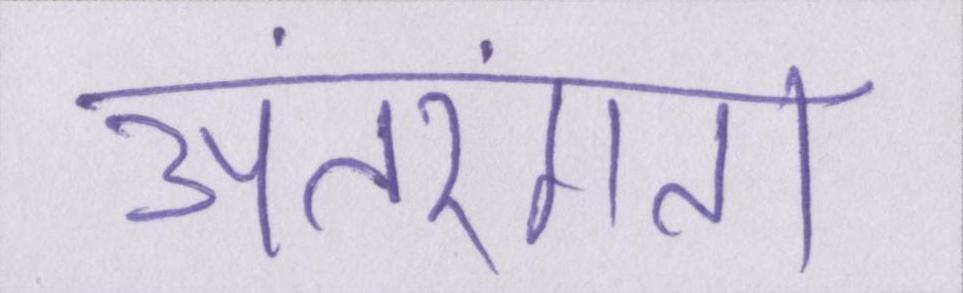
अंतरंगता